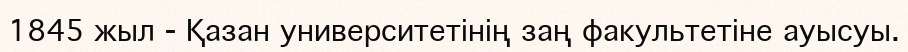
1845 жыл - Қазан университетінің заң факультетіне ауысуы.